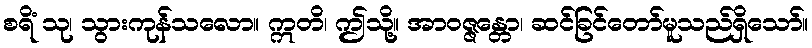
စရိံ သု၊ သွားကုန်သလော။ ဣတိ၊ ဤသို့။ အာဝဇ္ဇန္တော၊ ဆင်ခြင်တော်မူသည်ရှိသော်။